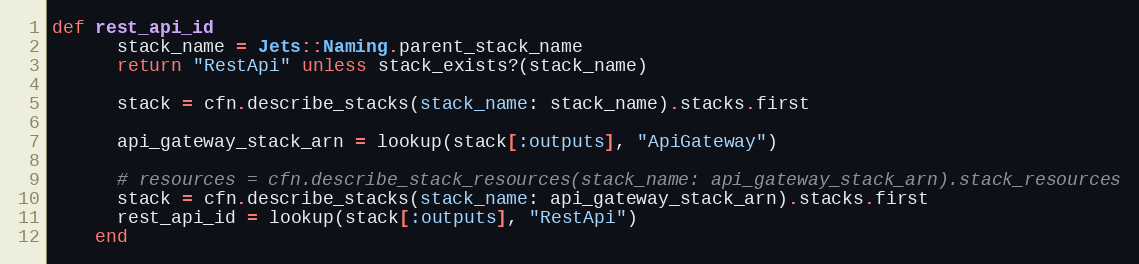
Language: Ruby
def rest_api_id
      stack_name = Jets::Naming.parent_stack_name
      return "RestApi" unless stack_exists?(stack_name)

      stack = cfn.describe_stacks(stack_name: stack_name).stacks.first

      api_gateway_stack_arn = lookup(stack[:outputs], "ApiGateway")

      # resources = cfn.describe_stack_resources(stack_name: api_gateway_stack_arn).stack_resources
      stack = cfn.describe_stacks(stack_name: api_gateway_stack_arn).stacks.first
      rest_api_id = lookup(stack[:outputs], "RestApi")
    end